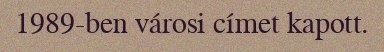
1989-ben városi címet kapott.